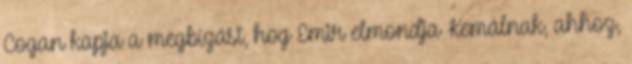
Cogan kapja a megbízást, hog Emir elmondja Kemálnak, ahhoz,